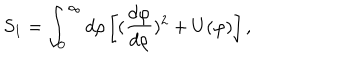
LaTeX: S _ { 1 } = \int _ { 0 } ^ { \infty } d \rho \left[ ( { \frac { d \varphi } { d \rho } } ) ^ { 2 } + U ( \varphi ) \right] ,